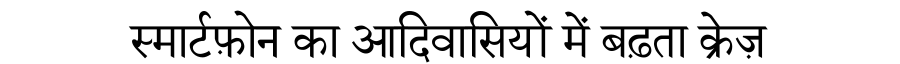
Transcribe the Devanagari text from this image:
स्मार्टफ़ोन का आदिवासियों में बढ़ता क्रेज़